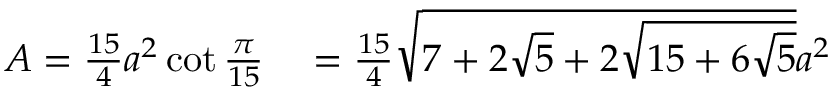
\begin{array} { r l } { A = { \frac { 1 5 } { 4 } } a ^ { 2 } \cot { \frac { \pi } { 1 5 } } } & { { } = { \frac { 1 5 } { 4 } } { \sqrt { 7 + 2 { \sqrt { 5 } } + 2 { \sqrt { 1 5 + 6 { \sqrt { 5 } } } } } } a ^ { 2 } } \end{array}